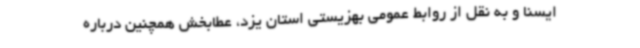
ایسنا و به نقل از روابط عمومی بهزیستی استان یزد، عطابخش همچنین درباره